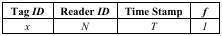
<table><thead><tr><td><b>Tag <i>ID</i></b></td><td><b>Reader <i>ID</i></b></td><td><b>Time Stamp</b></td><td><b><i>f</i></b></td></tr></thead><tbody><tr><td><i>x</i></td><td><i>N</i></td><td><i>T</i></td><td><i>1</i></td></tr></tbody></table>